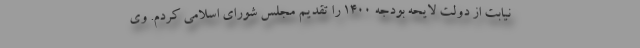
نیابت از دولت لایحه بودجه ۱۴۰۰ را تقدیم مجلس شورای اسلامی کردم. وی